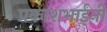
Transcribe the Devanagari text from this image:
प्रकाशभाईंनी